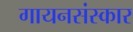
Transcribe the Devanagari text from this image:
गायनसंस्कार